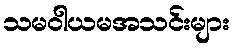
သမဝါယမအသင်းများ